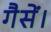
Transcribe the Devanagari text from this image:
गैसें।